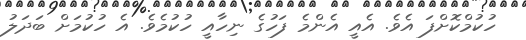
ހުކުމްކޮށްފަ އެވެ. އެއީ އެންމެ ފަހުގެ ނިހާއީ ހުކުމެވެ. އެ ހުކުމަށް ބަދަލު